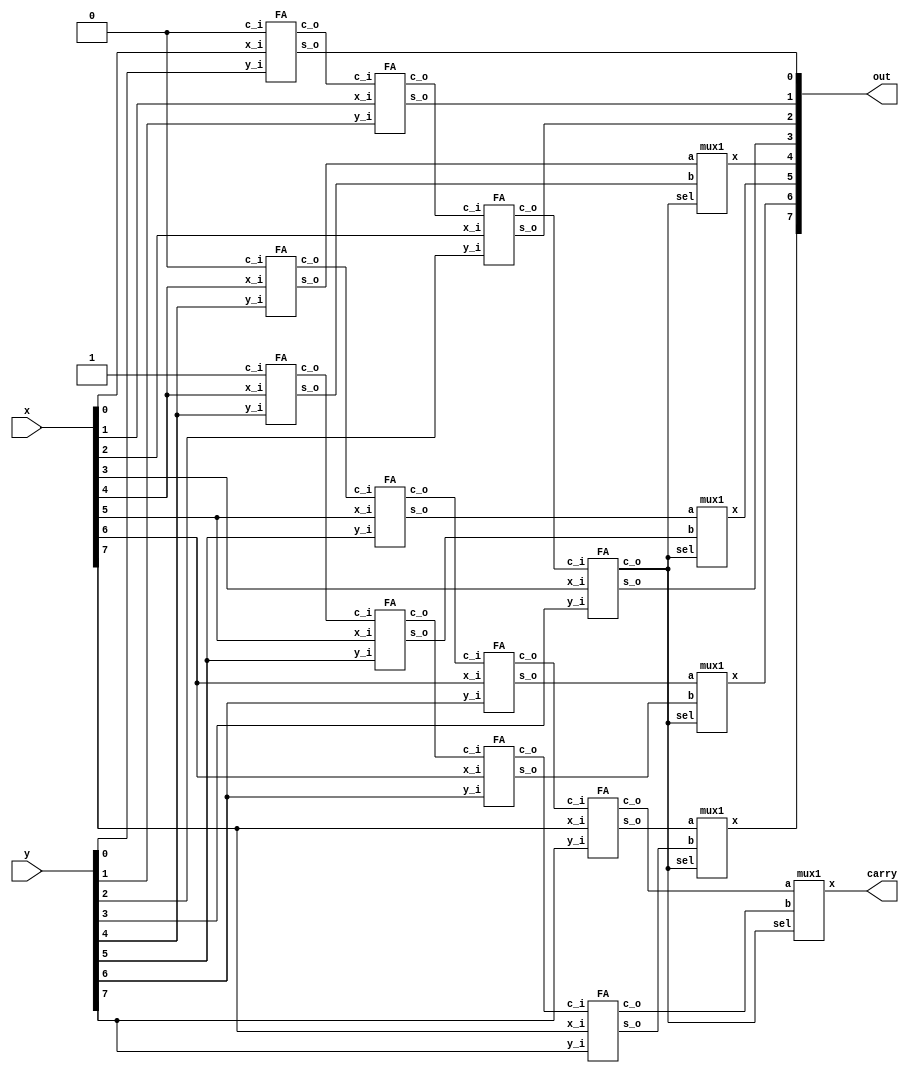
module adder_gate(x, y, carry, out);
input [7:0] x, y;
output carry;
output [7:0] out;
wire [7:0] out1,out2;
//reg out_r,carry_r;
wire c0,c1,c2,c3,c4,c5,c6,c7;
wire c42,c52,c62,c72;

/*Write your code here*/


FA FA0(.s_o(out[0]),.c_o(c0),.c_i(1'b0),.x_i(x[0]),.y_i(y[0]));
FA FA1(.s_o(out[1]),.c_o(c1),.c_i(c0),.x_i(x[1]),.y_i(y[1]));
FA FA2(.s_o(out[2]),.c_o(c2),.c_i(c1),.x_i(x[2]),.y_i(y[2]));
FA FA3(.s_o(out[3]),.c_o(c3),.c_i(c2),.x_i(x[3]),.y_i(y[3]));

/*
FA FA4(.s_o(out[4]),.c_o(c4),.c_i(c3),.x_i(x[4]),.y_i(y[4]));
FA FA5(.s_o(out[5]),.c_o(c5),.c_i(c4),.x_i(x[5]),.y_i(y[5]));
FA FA6(.s_o(out[6]),.c_o(c6),.c_i(c5),.x_i(x[6]),.y_i(y[6]));
FA FA7(.s_o(out[7]),.c_o(carry),.c_i(c6),.x_i(x[7]),.y_i(y[7]));
*/
FA FA41(.s_o(out1[4]),.c_o(c41),.c_i(1'b0),.x_i(x[4]),.y_i(y[4]));
FA FA51(.s_o(out1[5]),.c_o(c51),.c_i(c41),.x_i(x[5]),.y_i(y[5]));
FA FA61(.s_o(out1[6]),.c_o(c61),.c_i(c51),.x_i(x[6]),.y_i(y[6]));
FA FA71(.s_o(out1[7]),.c_o(carry1),.c_i(c61),.x_i(x[7]),.y_i(y[7]));

FA FA42(.s_o(out2[4]),.c_o(c42),.c_i(1'b1),.x_i(x[4]),.y_i(y[4]));
FA FA52(.s_o(out2[5]),.c_o(c52),.c_i(c42),.x_i(x[5]),.y_i(y[5]));
FA FA62(.s_o(out2[6]),.c_o(c62),.c_i(c52),.x_i(x[6]),.y_i(y[6]));
FA FA72(.s_o(out2[7]),.c_o(carry2),.c_i(c62),.x_i(x[7]),.y_i(y[7]));

mux1 m1(out[4],out1[4],out2[4],c3); 
mux1 m2(out[5],out1[5],out2[5],c3); 
mux1 m3(out[6],out1[6],out2[6],c3); 
mux1 m4(out[7],out1[7],out2[7],c3); 
mux1 m5(carry,carry1,carry2,c3); 

/*End of code*/

endmodule

module FA(s_o,c_o,c_i,x_i,y_i);
input c_i,x_i,y_i;
output s_o,c_o;
wire s1, c1, c2;

xor #1 g1(s1, x_i, y_i);
xor #1 g2(s_o, s1, c_i);
and #1 g3(c1, x_i,y_i);
and #1 g4(c2, s1, c_i) ;
or #1 g5(c_o, c2, c1) ;	

endmodule

module mux1 (x,a,b,sel);
input 	a,b,sel;
output 	x;
wire sel_i,w1,w2;

not #1 n0(sel_i,sel);
and #1 a1(w1,a,sel_i);
and #1 a2(w2,b,sel);
or  #1 o1(x,w1,w2);

	
endmodule